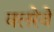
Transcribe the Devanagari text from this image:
वलरेवे